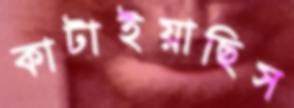
কাটাইয়াছিস